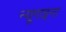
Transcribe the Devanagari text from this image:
न्यूगाइना